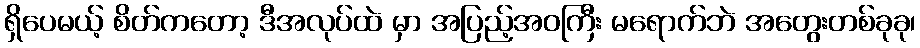
ရှိပေမယ့် စိတ်ကတော့ ဒီအလုပ်ထဲ မှာ အပြည့်အဝကြီး မရောက်ဘဲ အတွေးတစ်ခုခု၊